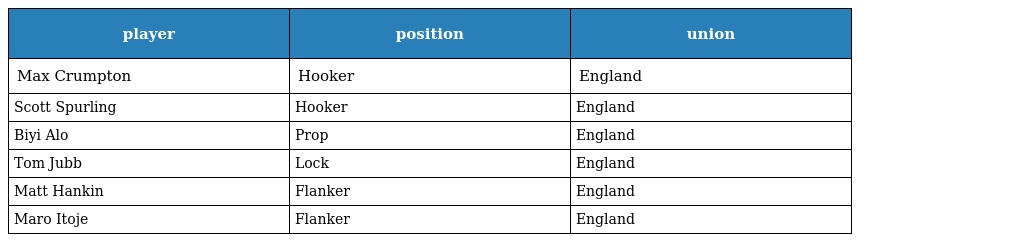
| player | position | union |
 | --- | --- | --- |
 | Max Crumpton | Hooker | England |
 | Scott Spurling | Hooker | England |
 | Biyi Alo | Prop | England |
 | Tom Jubb | Lock | England |
 | Matt Hankin | Flanker | England |
 | Maro Itoje | Flanker | England |